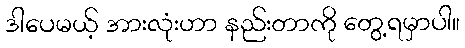
ဒါပေမယ့် အားလုံးဟာ နည်းတာကို တွေ့ရမှာပါ။